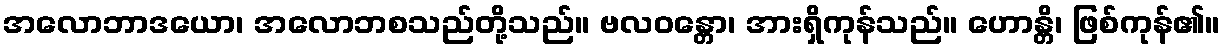
အလောဘာဒယော၊ အလောဘစသည်တို့သည်။ ဗလဝန္တော၊ အားရှိကုန်သည်။ ဟောန္တိ၊ ဖြစ်ကုန်၏။